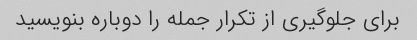
برای جلوگیری از تکرار جمله را دوباره بنویسید